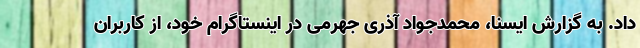
داد. به گزارش ایسنا، محمدجواد آذری جهرمی در اینستاگرام خود، از کاربران